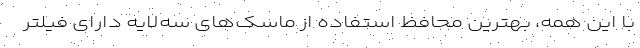
با این همه، بهترین محافظ استفاده از ماسک‌های سه‌لایه دارای فیلتر